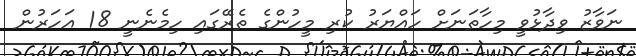
ނަވާޒު ވިދާޅުވީ މިހާތަނަށް ހައްޔަރު ކުރި މީހުންގެ ތެރޭގައި ހިމެނެނީ 18 އަހަރުން